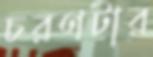
চরণটার